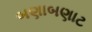
બણાબણાટ